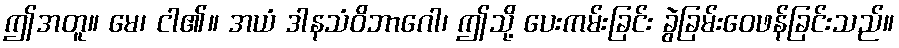
ဤအတူ။ မေ၊ ငါ၏။ အယံ ဒါနသံဝိဘာဂေါ၊ ဤသို့ ပေးကမ်းခြင်း ခွဲခြမ်းဝေဖန်ခြင်းသည်။